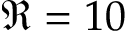
\Re = 1 0